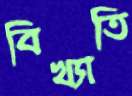
বিখ্যাতি